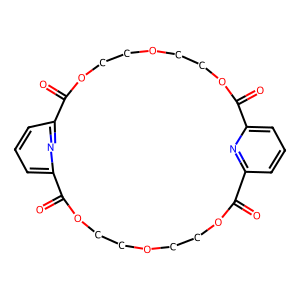
SMILES: O=C1OCCOCCOC(=O)c2cccc(n2)C(=O)OCCOCCOC(=O)c2cccc1n2
Inhibits HIV replication: No